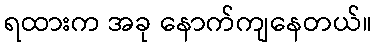
ရထားက အခု နောက်ကျနေတယ်။